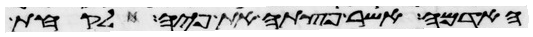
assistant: האדמה אשר פצתה את פיה לקחת